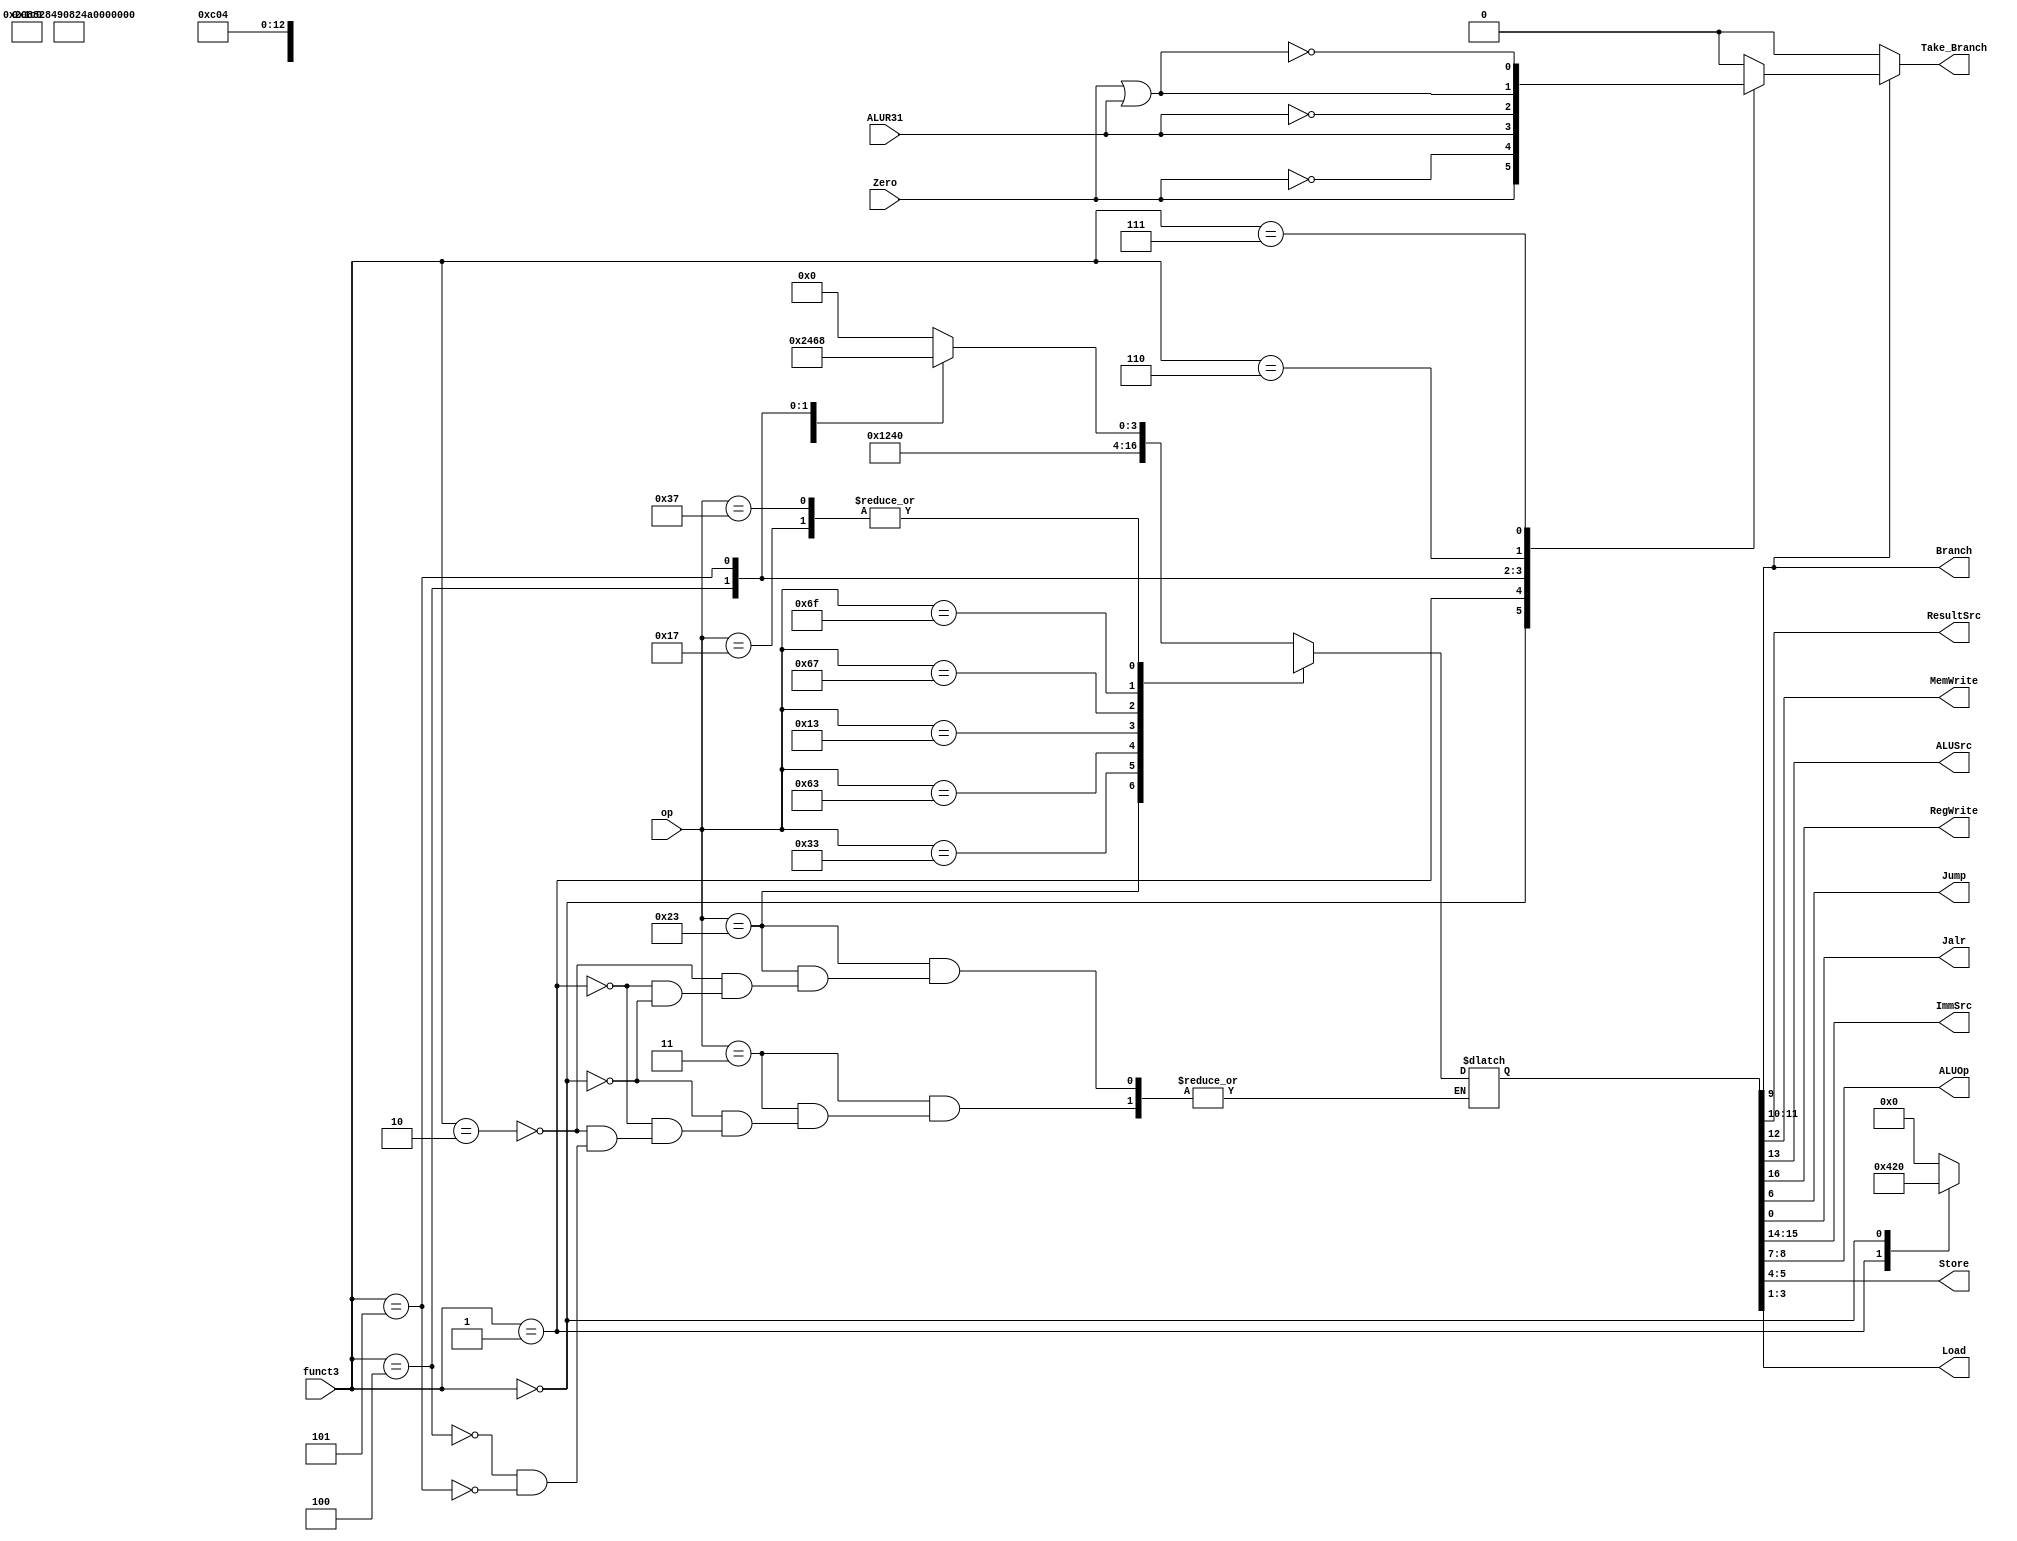
// main_decoder.v - logic for main decoder

module main_decoder (
    input  [6:0] op,
    input  [2:0] funct3,
    output [1:0] ResultSrc,
    output       MemWrite, 
	output		 Branch, 
	input		 ALUR31, 
	output 		 ALUSrc,
    output       RegWrite, 
	input 		 Zero, 
	output 		 Jump, Jalr,
    output reg   Take_Branch,
    output [1:0] ImmSrc,
    output [1:0] ALUOp, Store,
    output [2:0] Load
);

reg [16:0] controls;

always @(*) begin
    case (op)
        // RegWrite_ImmSrc_ALUSrc_MemWrite_ResultSrc_Branch_ALUOp_Jump_Store_Load_Jalr
        7'b0000011: begin // I type
                        case (funct3)                     
                        3'b000: controls = 17'b1_00_1_0_01_0_00_0_00_000_0; // lb
                        3'b001: controls = 17'b1_00_1_0_01_0_00_0_00_001_0; // lh
                        3'b010: controls = 17'b1_00_1_0_01_0_00_0_00_010_0; // lw
                        3'b100: controls = 17'b1_00_1_0_01_0_00_0_00_011_0; // lbu
                        3'b101: controls = 17'b1_00_1_0_01_0_00_0_00_100_0; // lhu
                        endcase
                    end
        7'b0100011: begin
                        case (funct3)
                        // RegWrite  ImmSrc  ALUSrc  MemWrite  ResultSrc Branch ALUOp  Jump  Store  Load  Jalr     
                        3'b010: controls = 17'b0_01_1_1_00_0_00_0_00_000_0; // sw
                        3'b001: controls = 17'b0_01_1_1_00_0_00_0_01_000_0; // sh
                        3'b000: controls = 17'b0_01_1_1_00_0_00_0_10_000_0; // sb
                        endcase
                    end
        7'b0110011: controls = 17'b1_xx_0_0_00_0_10_0_00_010_0; // Rtype
        7'b1100011: controls = 17'b0_10_0_0_00_1_01_0_00_010_0; // B-type
        7'b0010011: controls = 17'b1_00_1_0_00_0_10_0_00_010_0; // Itype ALU
        7'b1100111: controls = 17'b1_00_1_0_10_0_00_0_00_010_1; // jalr
        7'b1101111: controls = 17'b1_11_0_0_10_0_00_1_00_010_0; // jal
        7'b0010111: controls = 17'b1_xx_x_0_11_0_00_0_00_010_0; // auipc
        7'b0110111: controls = 17'b1_xx_x_0_11_0_00_0_00_010_0; // lui
        default:    controls = 17'bx_xx_x_x_xx_x_xx_x_xx_xxx_x; // ???
    endcase

    Take_Branch = 0;
    if (Branch) begin
        case (funct3)
            3'b000:  Take_Branch = Zero;    // beq
            3'b001:  Take_Branch = ~Zero;   // bne
            3'b100:  Take_Branch = ALUR31;  // blt
            3'b101:  Take_Branch = ~ALUR31; // bge
            // 3'b110: Take_Branch = ALUR31; // blteu
            // 3'b111: Take_Branch = Zero | (~ALUR31);
            // og:
            3'b110: Take_Branch = Zero | ALUR31;  // blteu
            3'b111: Take_Branch = ~(Zero | ALUR31); // bgeu
            default: Take_Branch = 0;
        endcase
    end

end

assign {RegWrite, ImmSrc, ALUSrc, MemWrite, ResultSrc, Branch, ALUOp, Jump, Store, Load, Jalr} = controls;

endmodule